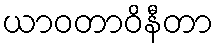
ယာဝတာဝိနီတာ